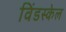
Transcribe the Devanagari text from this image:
विंडस्केल